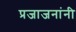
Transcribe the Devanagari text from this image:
प्रजाजनांनी